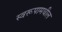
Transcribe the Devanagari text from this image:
स्वरूपामधील